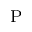
_ \mathrm { P }